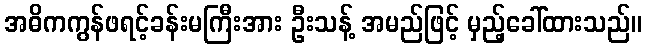
အဓိကကွန်ဖရင့်ခန်းမကြီးအား ဦးသန့် အမည်ဖြင့် မှည့်ခေါ်ထားသည်။